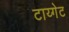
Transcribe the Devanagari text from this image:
टाय्गेट